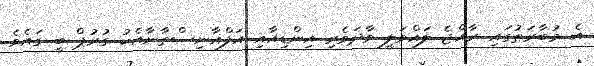
އެ މުބާރަތުގައި ރާއްޖެ ލައްވަލީ ވާދަވެރި އިންޑިއާއި އަފްޣާނިސްތާނާއެކު ގުރުޕް ބީ ގައެވެ.